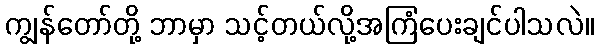
ကျွန်တော်တို့ ဘာမှာ သင့်တယ်လို့အကြံပေးချင်ပါသလဲ။